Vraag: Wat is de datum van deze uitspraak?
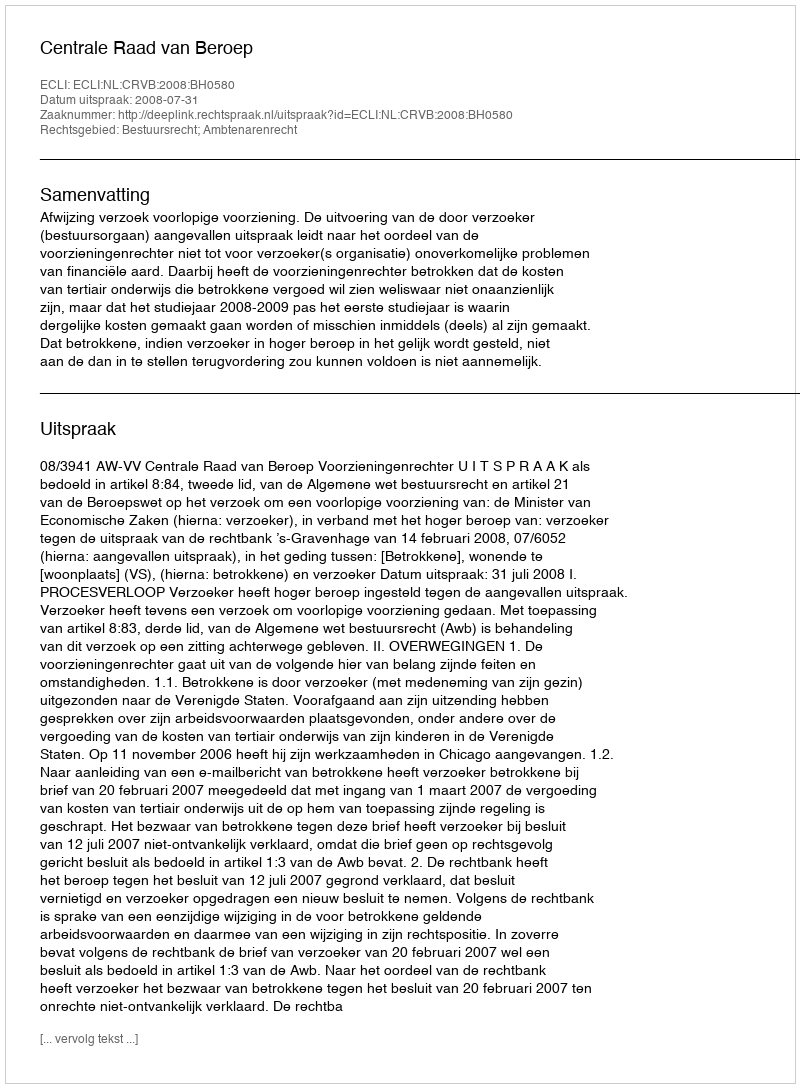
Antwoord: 2008-07-31